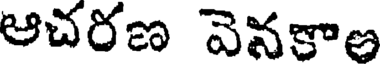
ఆచరణ వెనకాల